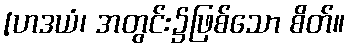
[ဟဒယံ၊ အတွင်း၌ဖြစ်သော စိတ်။